Vaccination in the Punjab 1867-1880 - 1867-1880
Year: 1867
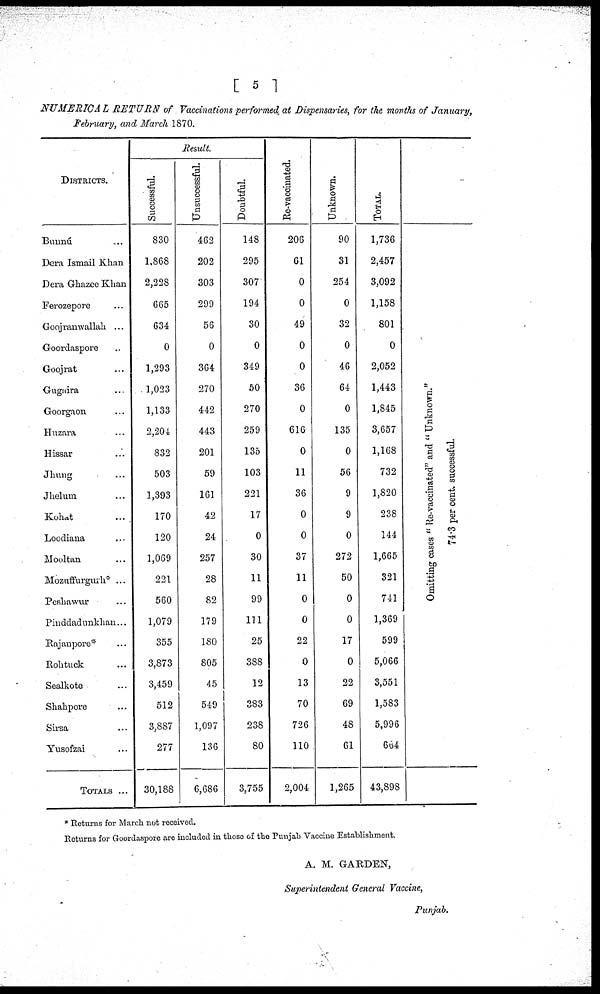
[ 5 ]
NUMERICAL
RETURN
of Vaccinations performed at Dispensaries, for the months of January,
February, and March 1870.
DISTRICTS.
Bunnú ...
Dera Ismail Khan
Dera Ghazee Khan
Ferozepore ...
Goojranwallah ...
Goordaspore ...
Goojrat ...
Gugaira ...
Goorgaon ...
Huzara ...
Hissar ...
Jhung ...
Jhelum ...
Kohat
...
Loodiana ...
Mooltan ...
Mozuffurgurh*...
Peshawur ...
Pinddadunkhan...
Rajanpore* ...
Rohtuck ...
Sealkote ...
Shahpore ...
Sirsa ...
Yusofzai ...
TOTALS ...
Result.
Successful.
830
1,868
2,228
665
634
0
1,293
1,023
1,133
2,204
832
503
1,393
170
120
1,069
221
560
1,079
355
3,873
3,459
512
3,887
277
30,188
Unsuccessful.
462
202
303
299
56
0
364
270
442
443
201
59
161
42
24
257
28
82
179
180
805
45
549
1,097
136
6,686
Doubtful.
148
295
307
194
30
0
349
50
270
259
135
103
221
17
0
30
11
99
111
25
388
12
383
238
80
3,755
Re-vaccinated.
206
61
0
0
49
0
0
36
0
616
0
11
36
0
0
37
11
0
0
22
0
13
70
726
110
2,004
Unknown.
90
31
254
0
32
0
46
64
0
135
0
56
9
9
0
272
50
0
0
17
0
22
69
48
61
1,265
TOTAL.
1,736
2,457
3,092
1,158
801
0
2,052
1,443
1,845
3,657
1,168
732
1,820
238
144
1,665
321
711
1,369
599
5,066
3,551
1,583
5,996
664
43,898
mitting cases "Re-vaccinated" and "Unknow
74. 3 per cent. successful.
* Returns for March not received.
Returns for Goordaspore are included in those of the Punjab Vaccine Establishment.
A. M. GARDEN,
Superintendent General Vaccine,
Punjab.